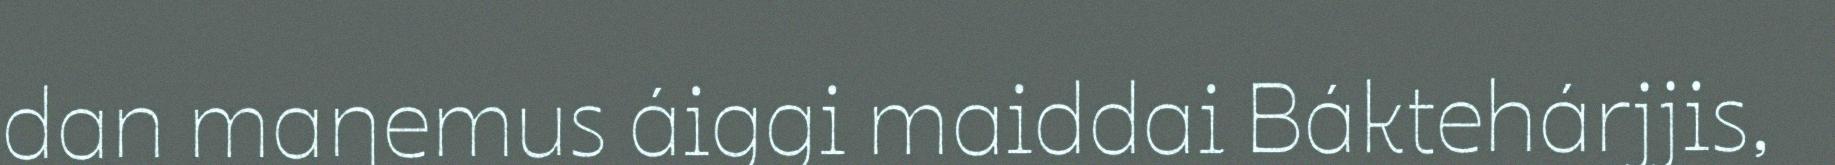
dan maŋemus áiggi maiddai Báktehárjjis,